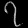
Digit: ၇